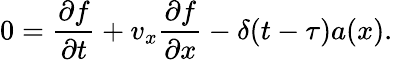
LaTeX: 0=\frac{\partial f}{\partial t}+v_{x}\frac{\partial f}{\partial x}-\delta(t-\tau)a(x).